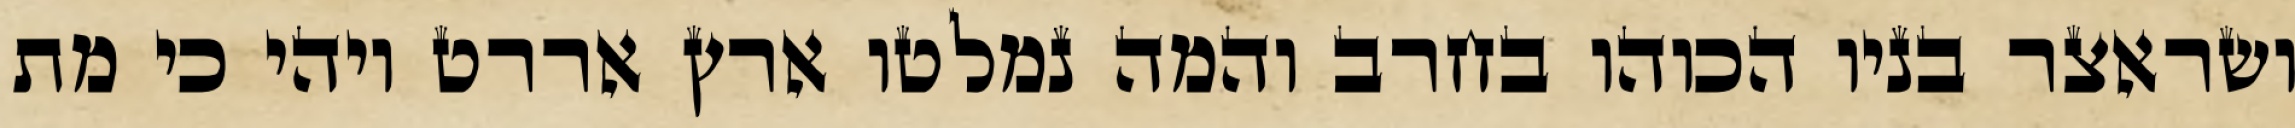
ושראצר בניו הכוהו בחרב והמה נמלטו ארץ אררט ויהי כי מת